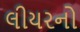
લીયરનો